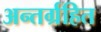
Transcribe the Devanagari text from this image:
अन्तर्ग्रहित